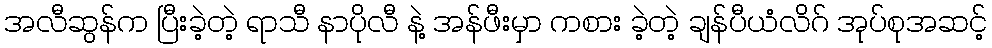
အလီဆွန်က ပြီးခဲ့တဲ့ ရာသီ နာပိုလီ နဲ့ အန်ဖီးမှာ ကစား ခဲ့တဲ့ ချန်ပီယံလိဂ် အုပ်စုအဆင့်